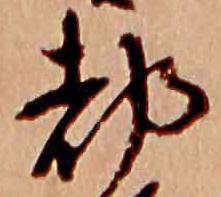
都